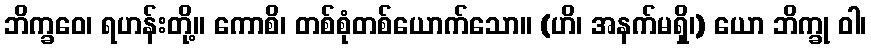
ဘိက္ခဝေ၊ ရဟန်းတို့။ ကောစိ၊ တစ်စုံတစ်ယောက်သော။ (ဟိ၊ အနက်မရှိ၊) ယော ဘိက္ခု ဝါ၊